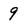
Character: 9